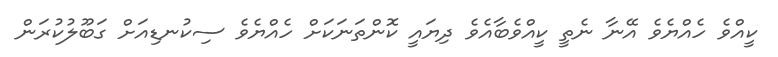
ކީއްވެ ހެއްޔެވެ އޭނާ ނެތީ ކީއްވެބާއެވެ ދިޔައީ ކޮންތަނަކަށް ހެއްޔެވެ ސިކުނޑިއަށް ގަބޫލުކުރަން